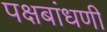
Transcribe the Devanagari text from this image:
पक्षबांधणी